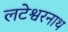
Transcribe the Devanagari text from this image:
लटेश्वरनाथ